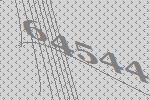
64544